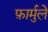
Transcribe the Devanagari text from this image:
फ़ार्मुले